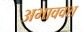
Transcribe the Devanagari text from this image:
अभाववश